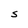
Character: S